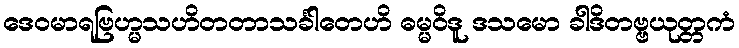
ဒေဝမာရဗြဟ္မသဟိတတာသင်္ခါတေဟိ ဓမ္မဝိဒူ ဒသမော ခါဒိတဗ္ဗယုတ္တကံ